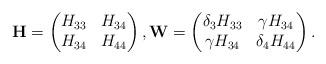
LaTeX: \begin{align*}\mathbf{H}=\begin{pmatrix}H_{33} & H_{34} \\ H_{34} & H_{44} \end{pmatrix},\mathbf{W}=\begin{pmatrix} \delta_3 H_{33} & \gamma H_{34} \\ \gamma H_{34} & \delta_4 H_{44} \end{pmatrix}.\end{align*}